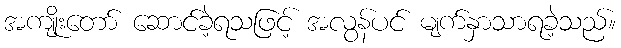
အကျိုးတော် ဆောင်ခဲ့ရသဖြင့် အလွန်ပင် မျက်နှာသာရခဲ့သည်။